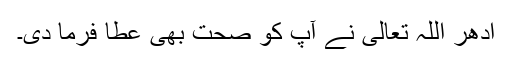
ادھر اللہ تعالیٰ نے آپؐ کو صحت بھی عطا فرما دی۔